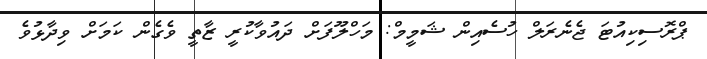
ޕްރޮސިކިއުޓަ ޖެނެރަލް ހުސެއިން ޝަމީމް: މަހްލޫފަށް ދައުވާކުރީ ޒާތީ ވެގެން ކަމަށް ވިދާޅުވެ